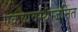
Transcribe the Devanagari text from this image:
एकव्यवस्थाजनित